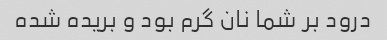
درود بر شما نان گرم بود و بریده شده